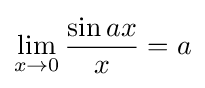
\lim _{x\to 0}{\frac {\sin ax}{x}}=a